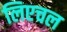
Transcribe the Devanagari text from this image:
लिएचल